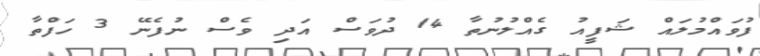
ފުވައްމުލައް ޝަފީއު ގެއްލުނުތާ 14 ދުވަސް އަދި ވެސް ނުފެނޭ 3 ހަފްތާ